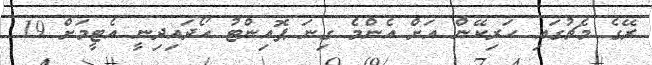
ރޭގެ މެޗުގައި ހަރިކޭން އަށް އެންމެ ގިނަ ޕޮއިންޓު ހޯދައިދިނީ އެޓީމަށް 19